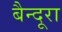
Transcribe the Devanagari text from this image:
बैन्दूरा